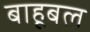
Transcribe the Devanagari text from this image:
बाहूबल